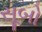
સૂબો